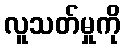
လူသတ်မှုကို